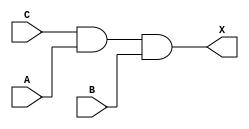
module sky130_fd_sc_ls__and3 (
    X,
    A,
    B,
    C
);
    output X;
    input  A;
    input  B;
    input  C;
    wire and0_out_X;
    and and0 (and0_out_X, C, A, B        );
    buf buf0 (X         , and0_out_X     );
endmodule